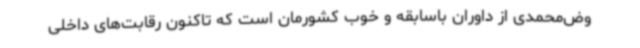
وض‌محمدی از داوران باسابقه و خوب کشورمان است که تاکنون رقابت‌های داخلی